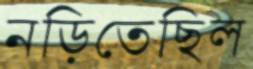
নড়িতেছিল